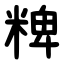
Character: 粺